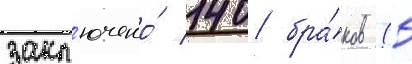
закл'ючено́ 140 бра́ков (5